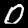
Digit: 0